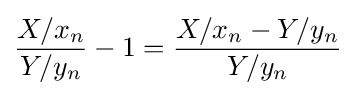
{\frac {X/x_{n}}{Y/y_{n}}}-1={\frac {X/x_{n}-Y/y_{n}}{Y/y_{n}}}